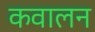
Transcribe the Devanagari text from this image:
कवालन